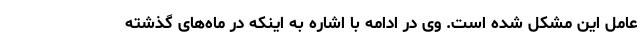
عامل این مشکل شده است. وی در ادامه با اشاره به اینکه در ماه‌های گذشته